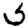
Digit: 5